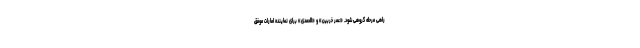
راهی مرحله گروهی شود. «عمر خربین» و «الحمدی» برای نماینده امارات موفق